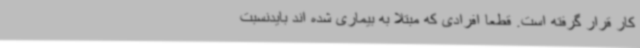
کار قرار گرفته است. قطعا افرادی که مبتلا به بیماری شده اند بایدنسبت